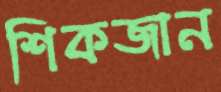
শিকজান